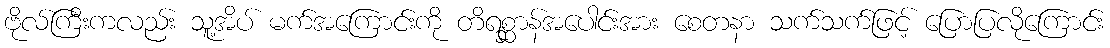
ဗိုလ်ကြီးကလည်း သူ့အိပ် မက်အကြောင်းကို တိရစ္ဆာန်အပေါင်းအား စေတနာ သက်သက်ဖြင့် ပြောပြလိုကြောင်း